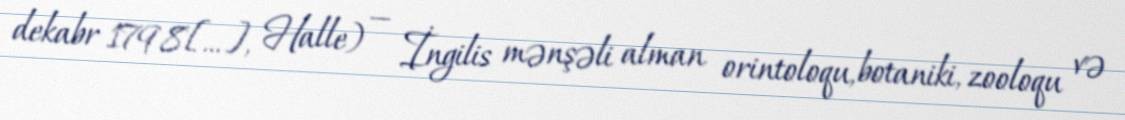
dekabr 1798[…], Halle) — İngilis mənşəli alman orintoloqu, botaniki, zooloqu və